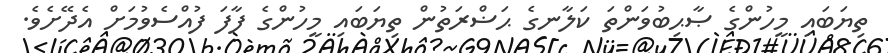
ތިޔަބައި މީހުންގެ ޞާޙިބުވަންތަ ކަލާނގެ ޙަޟްރަތުން ތިޔަބައި މީހުންގެ ފާފަ ފުއްސެވުމަށް އެދޭށެވެ.